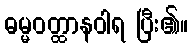
ဓမ္မဝတ္ထာနဝါရ ပြီး၏။